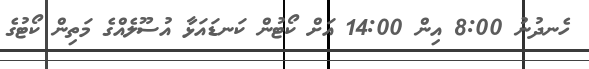
ހެނދުނު 8:00 އިން 14:00 އަށް ކޯޓުން ކަނޑައަޅާ އުސޫލެއްގެ މަތިން ކޯޓުގެ